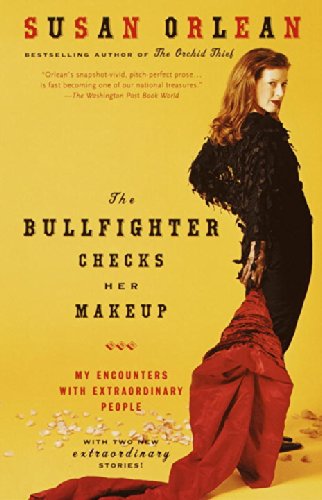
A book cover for The Bullfighter Checks Her Makeup: My Encounters with Extraordinary People; Susan Orlean; Biographies & Memoirs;